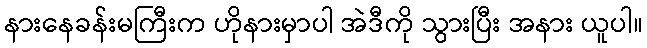
နားနေခန်းမကြီးက ဟိုနားမှာပါ အဲဒီကို သွားပြီး အနား ယူပါ။